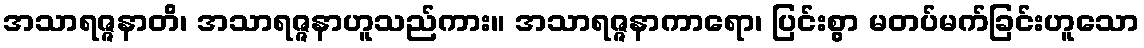
အသာရဇ္ဇနာတိ၊ အသာရဇ္ဇနာဟူသည်ကား။ အသာရဇ္ဇနာကာရော၊ ပြင်းစွာ မတပ်မက်ခြင်းဟူသော